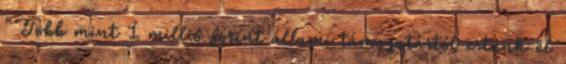
"Több mint 1 millió forint állami támogatástól estünk el